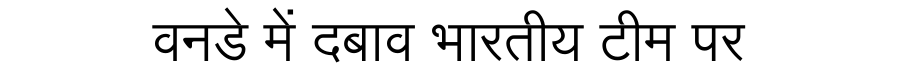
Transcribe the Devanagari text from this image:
वनडे में दबाव भारतीय टीम पर